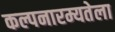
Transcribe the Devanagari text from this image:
कल्पनारम्यतेला